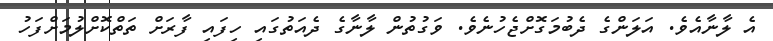
އެ ލާނާއެވެ. އަލަންގެ ދެބުމަގޮށްޖެހުނެވެ. ވަގުތުން ލާނާގެ ދެއަތުގައި ހިފައި ފާރަށް ތަތްކޮށްލުމަށްފަހު